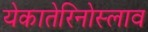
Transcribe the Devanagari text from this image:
येकातेरिनोस्लाव